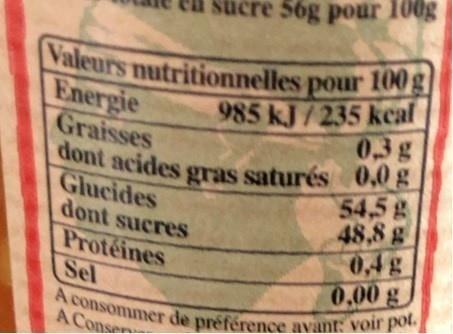
sucre 56g pour 100g
Valeurs nutritionnelles pour 100 g Energie
985 kJ/235 kcal 0,3g
Graisses
dont acides gras saturés 0,0 g|
Glucides dont sucres
54,5 g 48,8 g 0,4g 0,00 g
Protéines Sel A consommer de préférence avant: voir pot.
A Conse